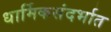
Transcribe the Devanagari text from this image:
धार्मिकसंदर्भात